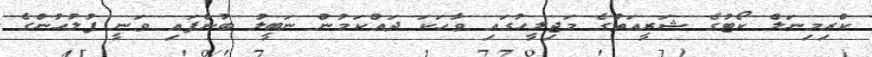
ކްރިމިނަލް ކޯޓުގެ ޝަރީއަތުގެ މަޖިލީހުގައި ވާހަކަ ދައްކަމުން ނަބީލު ބުނެފައި ވަނީ ފުލުހުންގެ